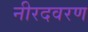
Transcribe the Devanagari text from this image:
नीरदवरण